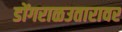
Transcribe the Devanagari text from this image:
डोंगराळउतारावर